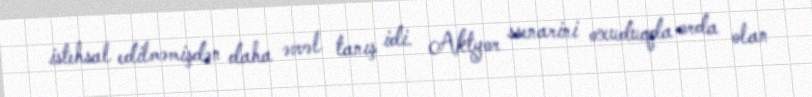
istehsal edilməmişdən daha əvvəl tanış idi. Aktyor ssenarini oxuduqda orda olan